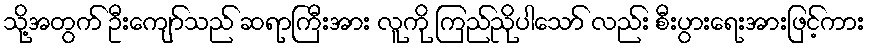
သို့အတွက် ဦးကျော်သည် ဆရာကြီးအား လူကို ကြည်ညိုပါသော် လည်း စီးပွားရေးအားဖြင့်ကား